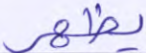
يظهر